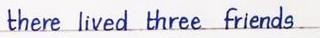
there lived three firends